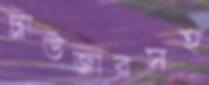
ট্রাউজারসহ